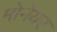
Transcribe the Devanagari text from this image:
मोनेयर